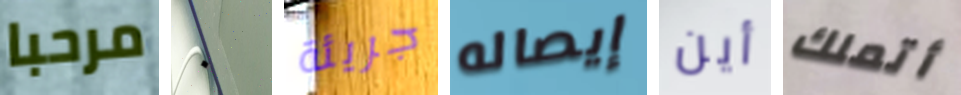
مرحبا ٠ جريئة إيصاله أين أتملك